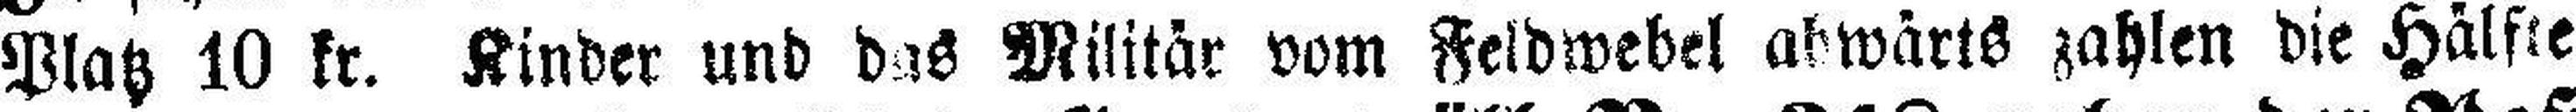
Platz 10 kr. Kinder und das Militär vom Feldwebel abwärts zahlen die Hälfte.